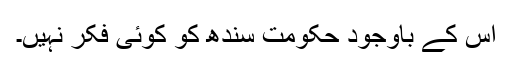
اس کے باوجود حکومت سندھ کو کوئی فکر نہیں۔